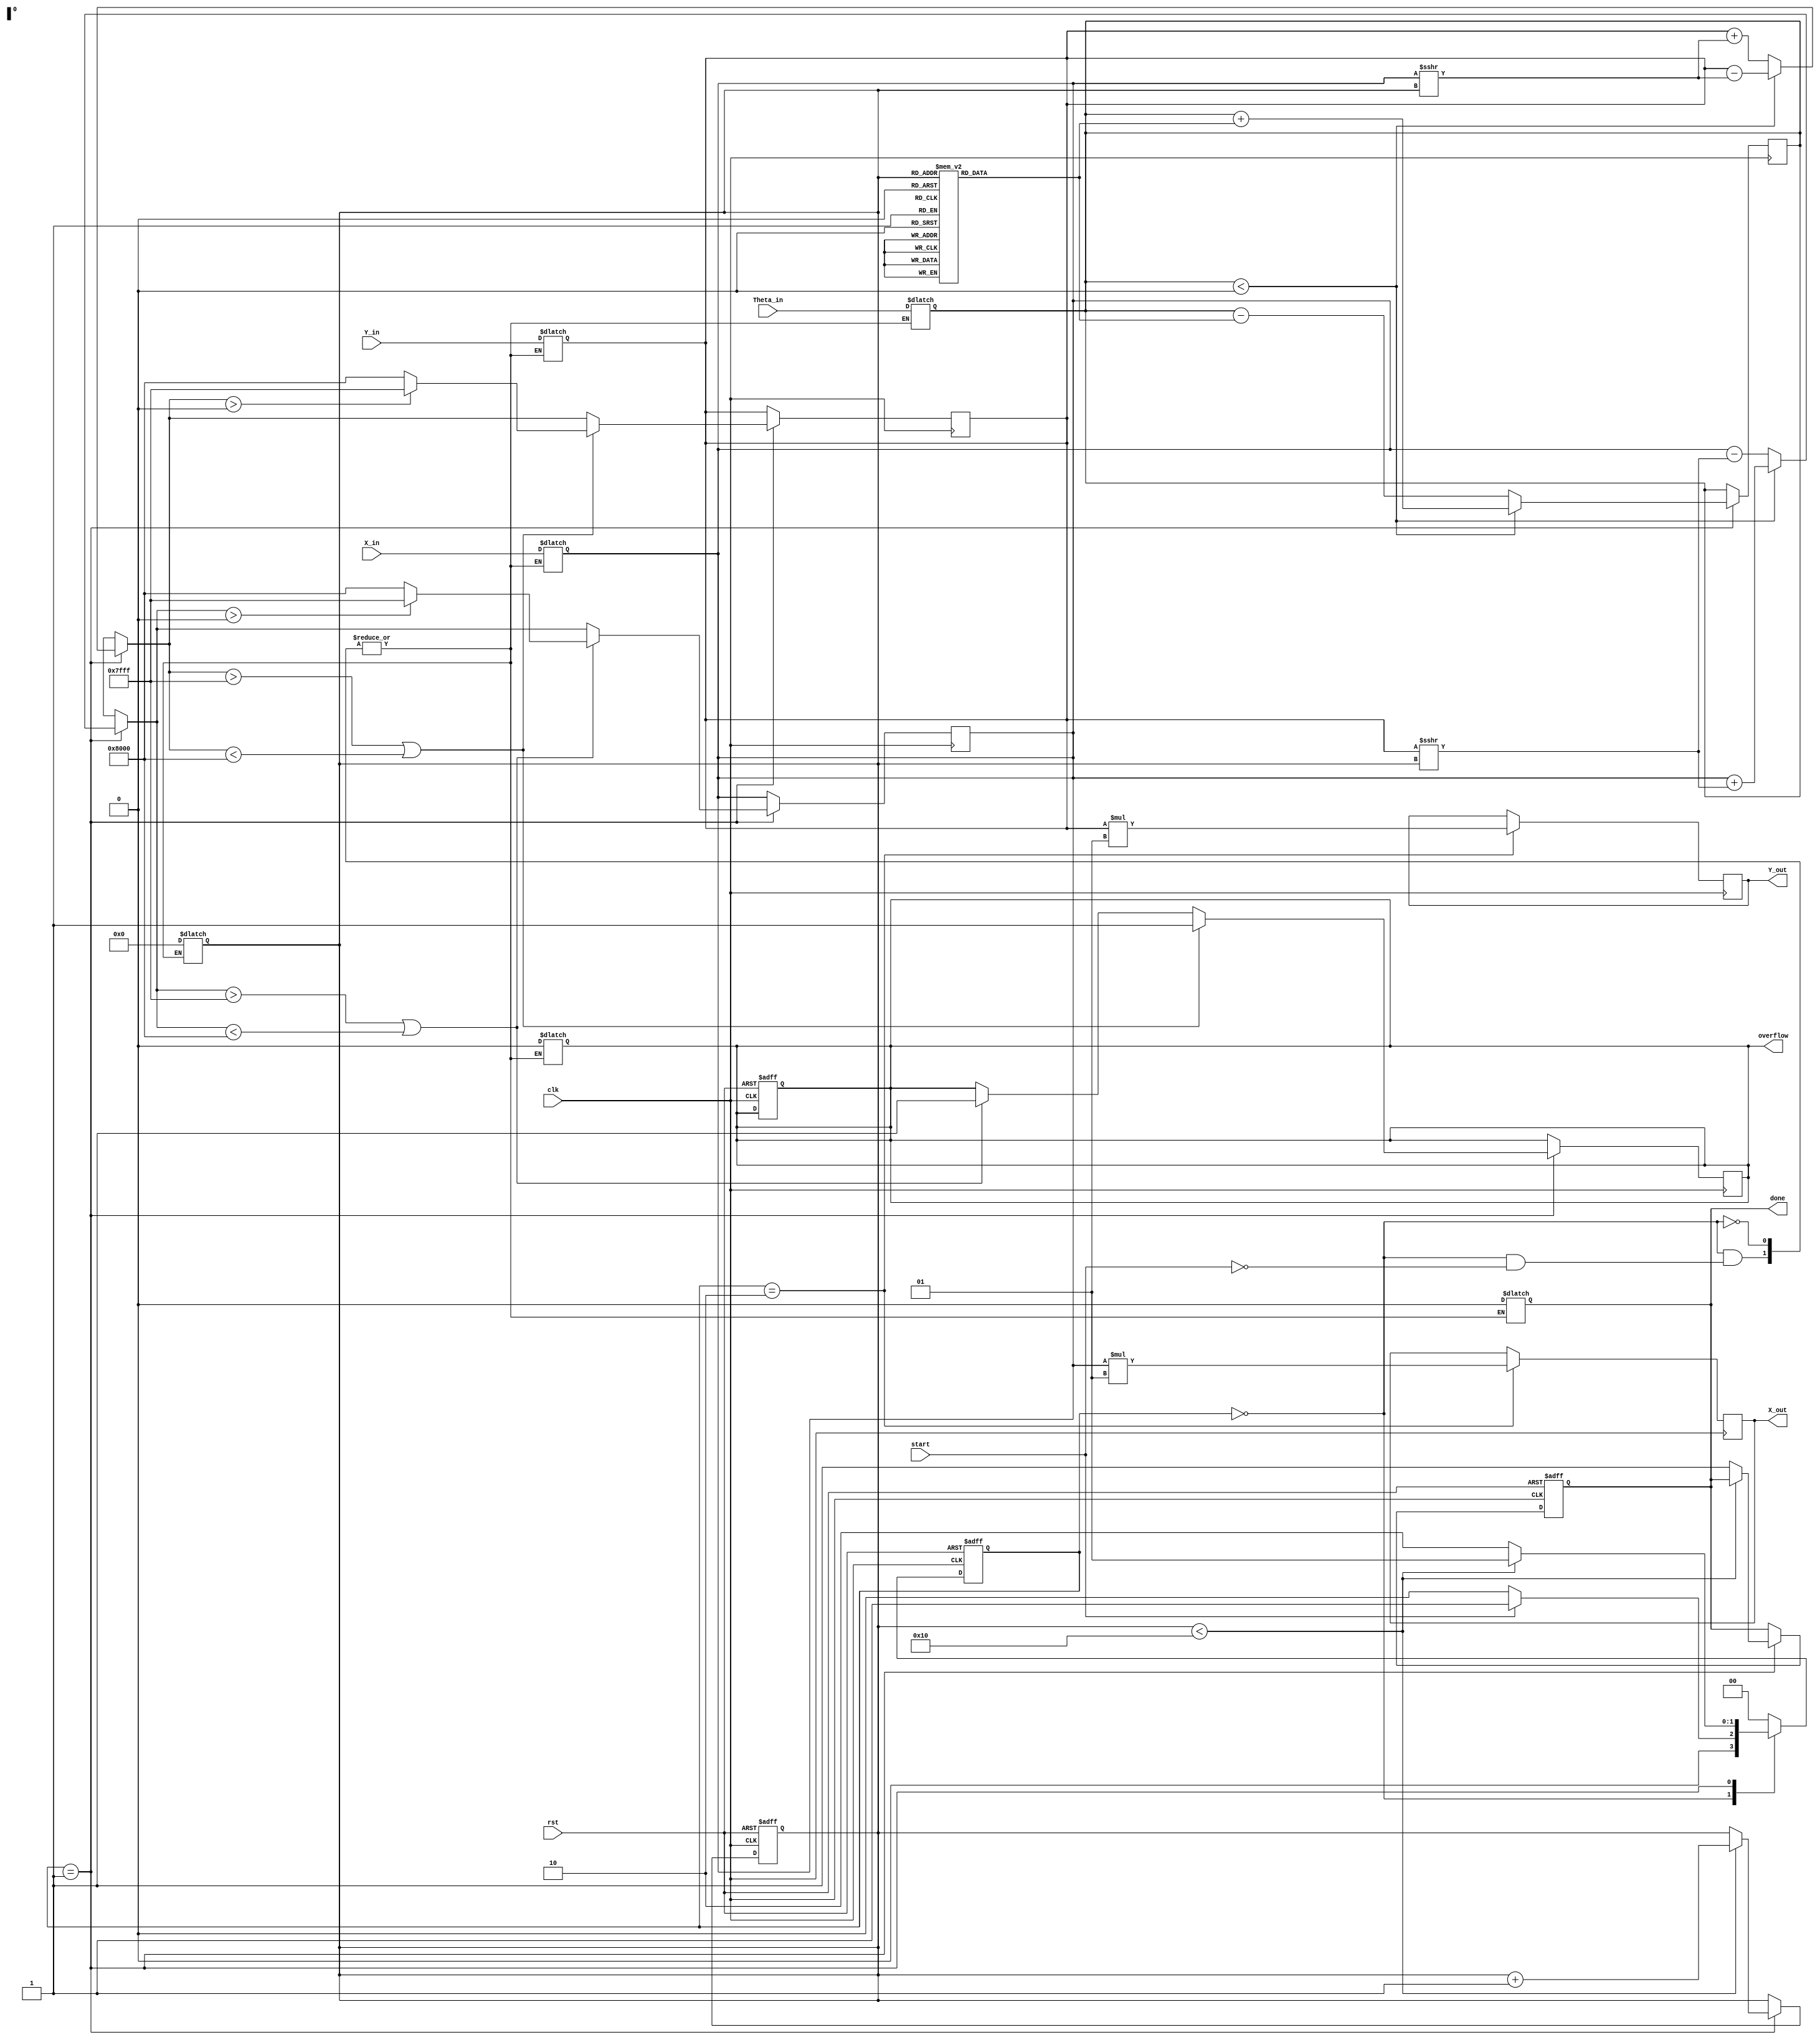
module cordic_fixed_point #(
    parameter WIDTH = 16, // Total bit width
    parameter IWIDTH = 8, // Integer part width
    parameter FWIDTH = WIDTH - IWIDTH // Fractional part width
)(
    input wire clk,
    input wire rst,
    input wire start,
    input wire signed [WIDTH-1:0] X_in,
    input wire signed [WIDTH-1:0] Y_in,
    input wire signed [WIDTH-1:0] Theta_in,
    output reg signed [WIDTH-1:0] X_out,
    output reg signed [WIDTH-1:0] Y_out,
    output reg done,
    output reg overflow
);

    // CORDIC parameters
    localparam N = 16; // Number of iterations
    localparam K = 0.607252935008881256; // Scaling factor for N iterations (fixed-point representation)
    
    // Arctangent LUT (scaled for fixed-point)
    reg signed [WIDTH-1:0] atan_table [0:N-1];
    initial begin
        atan_table[0] = 16'h2000; // atan(2^0) = 0.785398 (in Q1.15)
        atan_table[1] = 16'h1000; // atan(2^-1) = 0.463648 (in Q1.15)
        atan_table[2] = 16'h0800; // atan(2^-2) = 0.244978 (in Q1.15)
        // Fill in the rest of the table...
        // atan_table[3] = ...
        // ...
        atan_table[N-1] = 16'h0001; // atan(2^-N) (smallest angle)
    end

    // State encoding
    localparam IDLE = 2'b00;
    localparam COMPUTE = 2'b01;
    localparam DONE = 2'b10;

    reg [1:0] state, next_state;
    reg [3:0] iteration;
    reg signed [WIDTH-1:0] X, Y, Theta;
    reg signed [WIDTH-1:0] temp_X, temp_Y;

    // FSM for control
    always @(posedge clk or posedge rst) begin
        if (rst) begin
            state <= IDLE;
            done <= 0;
            overflow <= 0;
            iteration <= 0;
        end else begin
            state <= next_state;
            if (state == COMPUTE) begin
                if (iteration < N) begin
                    iteration <= iteration + 1;
                end else begin
                    done <= 1;
                end
            end
        end
    end

    // Next state logic
    always @(*) begin
        case (state)
            IDLE: begin
                if (start) begin
                    next_state = COMPUTE;
                    X = X_in;
                    Y = Y_in;
                    Theta = Theta_in;
                    iteration = 0;
                    done = 0;
                    overflow = 0;
                end else begin
                    next_state = IDLE;
                end
            end
            COMPUTE: begin
                if (iteration < N) begin
                    next_state = COMPUTE;
                end else begin
                    next_state = DONE;
                end
            end
            DONE: begin
                next_state = IDLE;
            end
            default: next_state = IDLE;
        endcase
    end

    // CORDIC computation
    always @(posedge clk) begin
        if (state == COMPUTE) begin
            // Determine the direction (sigma)
            if (Theta < 0) begin
                temp_X = X + (Y >>> iteration);
                temp_Y = Y - (X >>> iteration);
                Theta = Theta + atan_table[iteration];
            end else begin
                temp_X = X - (Y >>> iteration);
                temp_Y = Y + (X >>> iteration);
                Theta = Theta - atan_table[iteration];
            end
            
            // Saturation logic
            if (temp_X > (1 << (IWIDTH + FWIDTH - 1)) - 1 || temp_X < -(1 << (IWIDTH + FWIDTH - 1))) begin
                overflow = 1;
                temp_X = (temp_X > 0) ? (1 << (IWIDTH + FWIDTH - 1)) - 1 : -(1 << (IWIDTH + FWIDTH - 1));
            end
            
            if (temp_Y > (1 << (IWIDTH + FWIDTH - 1)) - 1 || temp_Y < -(1 << (IWIDTH + FWIDTH - 1))) begin
                overflow = 1;
                temp_Y = (temp_Y > 0) ? (1 << (IWIDTH + FWIDTH - 1)) - 1 : -(1 << (IWIDTH + FWIDTH - 1));
            end
            
            // Update coordinates
            X <= temp_X;
            Y <= temp_Y;
        end
    end

    // Final output scaling
    always @(posedge clk) begin
        if (state == DONE) begin
            X_out <= X * K; // Apply scaling factor
            Y_out <= Y * K; // Apply scaling factor
        end
    end

endmodule